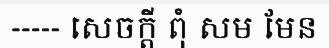
----- សេចក្តី ពុំ សម មែន